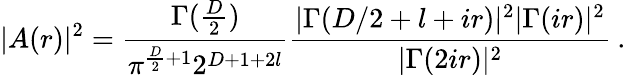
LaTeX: |A(r)|^{2}=\frac{\Gamma(\frac{D}{2})}{\pi^{\frac{D}{2}+1}2^{D+1+2l}}\frac{|\Gamma(D/2+l+ir)|^{2}|\Gamma(ir)|^{2}}{|\Gamma(2ir)|^{2}}\: .